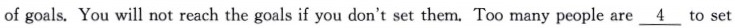
of goals. You will not reach the goals if you don't set them. Too many people are \underline{4} To set